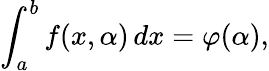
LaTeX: \int_{a}^{b}f(x,\alpha)\, dx=\varphi(\alpha),